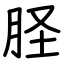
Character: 𦙾